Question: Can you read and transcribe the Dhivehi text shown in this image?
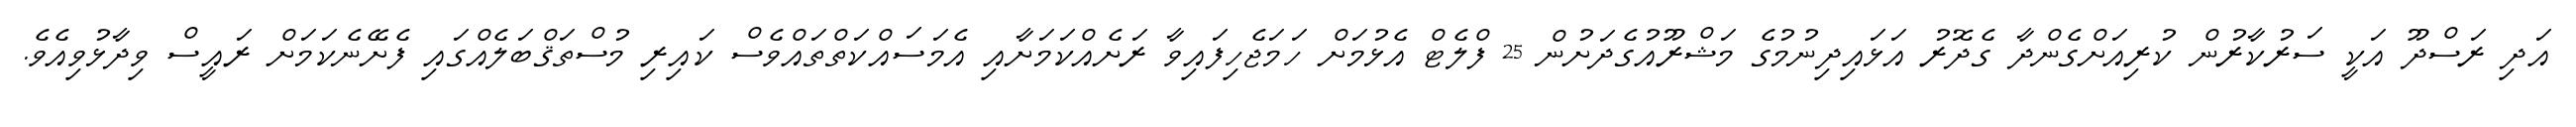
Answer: އަދި ރަސްދޫ އަކީ ސަރުކާރުން ކުރިއަށްގެންދާ ގެދޮރު އަޅައިދިނުމުގެ މަޝްރޫއުގެދަށުން 25 ފްލެޓް އެޅުމަށް ހަމަޖެހިފައިވާ ރަށެއްކަމަށާއި އެމަސައްކަތްތައްވެސް ކައިރި މުސްތަޤްބަލެއްގައި ފެށޭނެކަމަށް ރައީސް ވިދާޅުވިއެވެ.